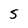
Character: 5